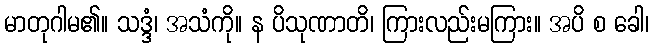
မာတုဂါမ၏။ သဒ္ဒံ၊ အသံကို။ န ပိသုဏာတိ၊ ကြားလည်းမကြား။ အပိ စ ခေါ၊